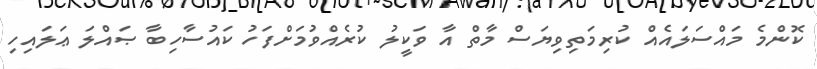
ކޮންމެ މައްސަލައެއް ކުރިމަތިވިޔަސް މާތް އާ ވަކީލު ކުރެއްވުމަށްފަހު ކައުސާހިބާ ޞައްލަ ޢަލައިހި